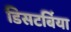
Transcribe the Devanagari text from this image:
डिसटर्बिया